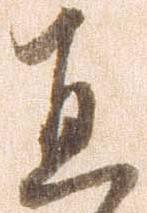
直